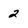
Character: 2